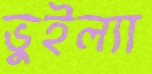
ভুইল্যা